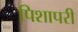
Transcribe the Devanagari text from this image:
पिशापरी